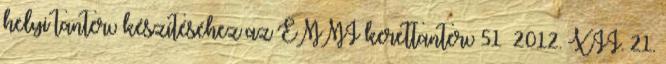
helyi tanterv készítéséhez az EMMI kerettanterv 51 2012. XII. 21.